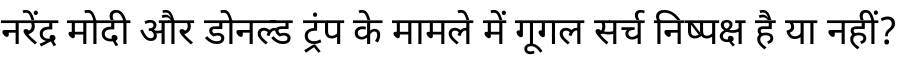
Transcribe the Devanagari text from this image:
नरेंद्र मोदी और डोनल्ड ट्रंप के मामले में गूगल सर्च निष्पक्ष है या नहीं?